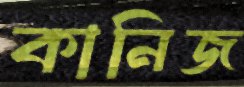
কানিজ